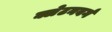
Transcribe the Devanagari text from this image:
क्लेटनबर्ग